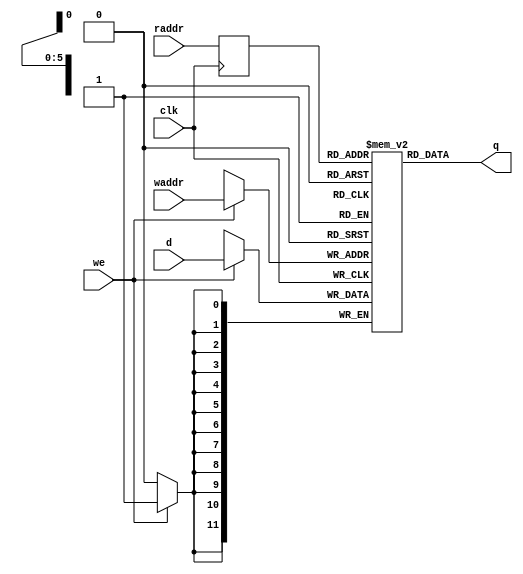
// File ../design/SUB_RAMZ_c.VHD translated with vhd2vl v2.4 VHDL to Verilog RTL translator
// vhd2vl settings:
//  * Verilog Module Declaration Style: 2001

// vhd2vl is Free (libre) Software:
//   Copyright (C) 2001 Vincenzo Liguori - Ocean Logic Pty Ltd
//     http://www.ocean-logic.com
//   Modifications Copyright (C) 2006 Mark Gonzales - PMC Sierra Inc
//   Modifications (C) 2010 Shankar Giri
//   Modifications Copyright (C) 2002, 2005, 2008-2010 Larry Doolittle - LBNL
//     http://doolittle.icarus.com/~larry/vhd2vl/
//
//   vhd2vl comes with ABSOLUTELY NO WARRANTY.  Always check the resulting
//   Verilog for correctness, ideally with a formal verification tool.
//
//   You are welcome to redistribute vhd2vl under certain conditions.
//   See the license (GPLv2) file included with the source for details.

// The result of translation follows.  Its copyright status should be
// considered unchanged from the original VHDL.

//------------------------------------------------------------------------------
//                                                                            --
//                          V H D L    F I L E                                --
//                          COPYRIGHT (C) 2006                                --
//                                                                            --
//------------------------------------------------------------------------------
//                                                                            --
// Title       : SUB_RAMZ                                                         --
// Design      : EV_JPEG_ENC                                                         --
//                                                                            --
//------------------------------------------------------------------------------
//
//
//------------------------------------------------------------------------------
//
//  Description : RAM memory simulation model
//
//------------------------------------------------------------------------------
// //////////////////////////////////////////////////////////////////////////////
// /// Copyright (c) 2013, Jahanzeb Ahmad
// /// All rights reserved.
// ///
// /// Redistribution and use in source and binary forms, with or without modification, 
// /// are permitted provided that the following conditions are met:
// ///
// ///  * Redistributions of source code must retain the above copyright notice, 
// ///    this list of conditions and the following disclaimer.
// ///  * Redistributions in binary form must reproduce the above copyright notice, 
// ///    this list of conditions and the following disclaimer in the documentation and/or 
// ///    other materials provided with the distribution.
// ///
// ///    THIS SOFTWARE IS PROVIDED BY THE COPYRIGHT HOLDERS AND CONTRIBUTORS "AS IS" AND ANY 
// ///    EXPRESS OR IMPLIED WARRANTIES, INCLUDING, BUT NOT LIMITED TO, THE IMPLIED WARRANTIES 
// ///    OF MERCHANTABILITY AND FITNESS FOR A PARTICULAR PURPOSE ARE DISCLAIMED. IN NO EVENT 
// ///    SHALL THE COPYRIGHT HOLDER OR CONTRIBUTORS BE LIABLE FOR ANY DIRECT, INDIRECT, 
// ///    INCIDENTAL, SPECIAL, EXEMPLARY, OR CONSEQUENTIAL DAMAGES (INCLUDING, BUT NOT 
// ///    LIMITED TO, PROCUREMENT OF SUBSTITUTE GOODS OR SERVICES; LOSS OF USE, DATA, OR 
// ///    PROFITS; OR BUSINESS INTERRUPTION) HOWEVER CAUSED AND ON ANY THEORY OF LIABILITY, 
// ///    WHETHER IN CONTRACT, STRICT LIABILITY, OR TORT (INCLUDING NEGLIGENCE OR OTHERWISE) 
// ///    ARISING IN ANY WAY OUT OF THE USE OF THIS SOFTWARE, EVEN IF ADVISED OF THE 
// ///   POSSIBILITY OF SUCH DAMAGE.
// ///
// ///
// ///  * http://opensource.org/licenses/MIT
// ///  * http://copyfree.org/licenses/mit/license.txt
// ///
// //////////////////////////////////////////////////////////////////////////////
// no timescale needed

module SUB_RAMZ
#(
    parameter RAMADDR_W=6,
    parameter RAMDATA_W=12
)
(
    input wire [RAMDATA_W - 1:0]  d,
    input wire [RAMADDR_W - 1:0]  waddr,
    input wire [RAMADDR_W - 1:0]  raddr,
    input wire 			  we,
    input wire 			  clk,
    output wire [RAMDATA_W - 1:0] q
);

   //type mem_type is array ((2**RAMADDR_W)-1 downto 0) of 
   //  STD_LOGIC_VECTOR(RAMDATA_W-1 downto 0);
   //signal mem                    : mem_type;
   localparam MEM_SIZE = 2**RAMADDR_W;   
   reg [RAMDATA_W-1:0] mem[0:MEM_SIZE-1];   
   reg [RAMADDR_W-1:0] read_addr;  


    //-----------------------------------------------------------------------------
    //q_sg:
    //-----------------------------------------------------------------------------
    // q <= mem(TO_INTEGER(UNSIGNED(read_addr)));
    assign q = mem[read_addr];
    
  //-----------------------------------------------------------------------------
  //read_proc: -- register read address
  //-----------------------------------------------------------------------------
  always @(posedge clk) begin
    read_addr <= raddr;
  end

  //-----------------------------------------------------------------------------
  //write_proc: --write access
  //-----------------------------------------------------------------------------
  always @(posedge clk) begin
    if(we == 1'b1) begin
      //mem(TO_INTEGER(UNSIGNED(waddr))) <= d;
	mem[waddr] <= d;
    end
  end


endmodule